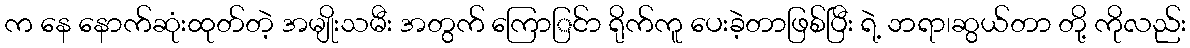
က နေ နောက်ဆုံးထုတ်တဲ့ အမျိုးသမီး အတွက် ကြောြင်ာ ရိုက်ကူ ပေးခဲ့တာဖြစ်ပြီး ရဲ့ ဘရာ၊ဆွယ်တာ တို့ ကိုလည်း